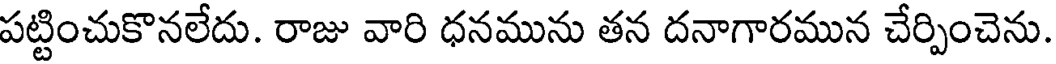
పట్టించుకొనలేదు. రాజు వారి ధనమును తన దనాగారమున చేర్పించెను